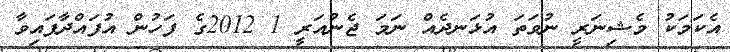
އެކަމަކު މެޝިނަރީ ނުވަތަ އުޅަނދެއް ނަމަ ޖެނުއަރީ 1 2012ގެ ފަހުން އުފައްދާފައިވާ